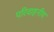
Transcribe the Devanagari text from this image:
परिवाहनीय